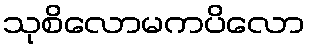
သုစိလောမကပိလော